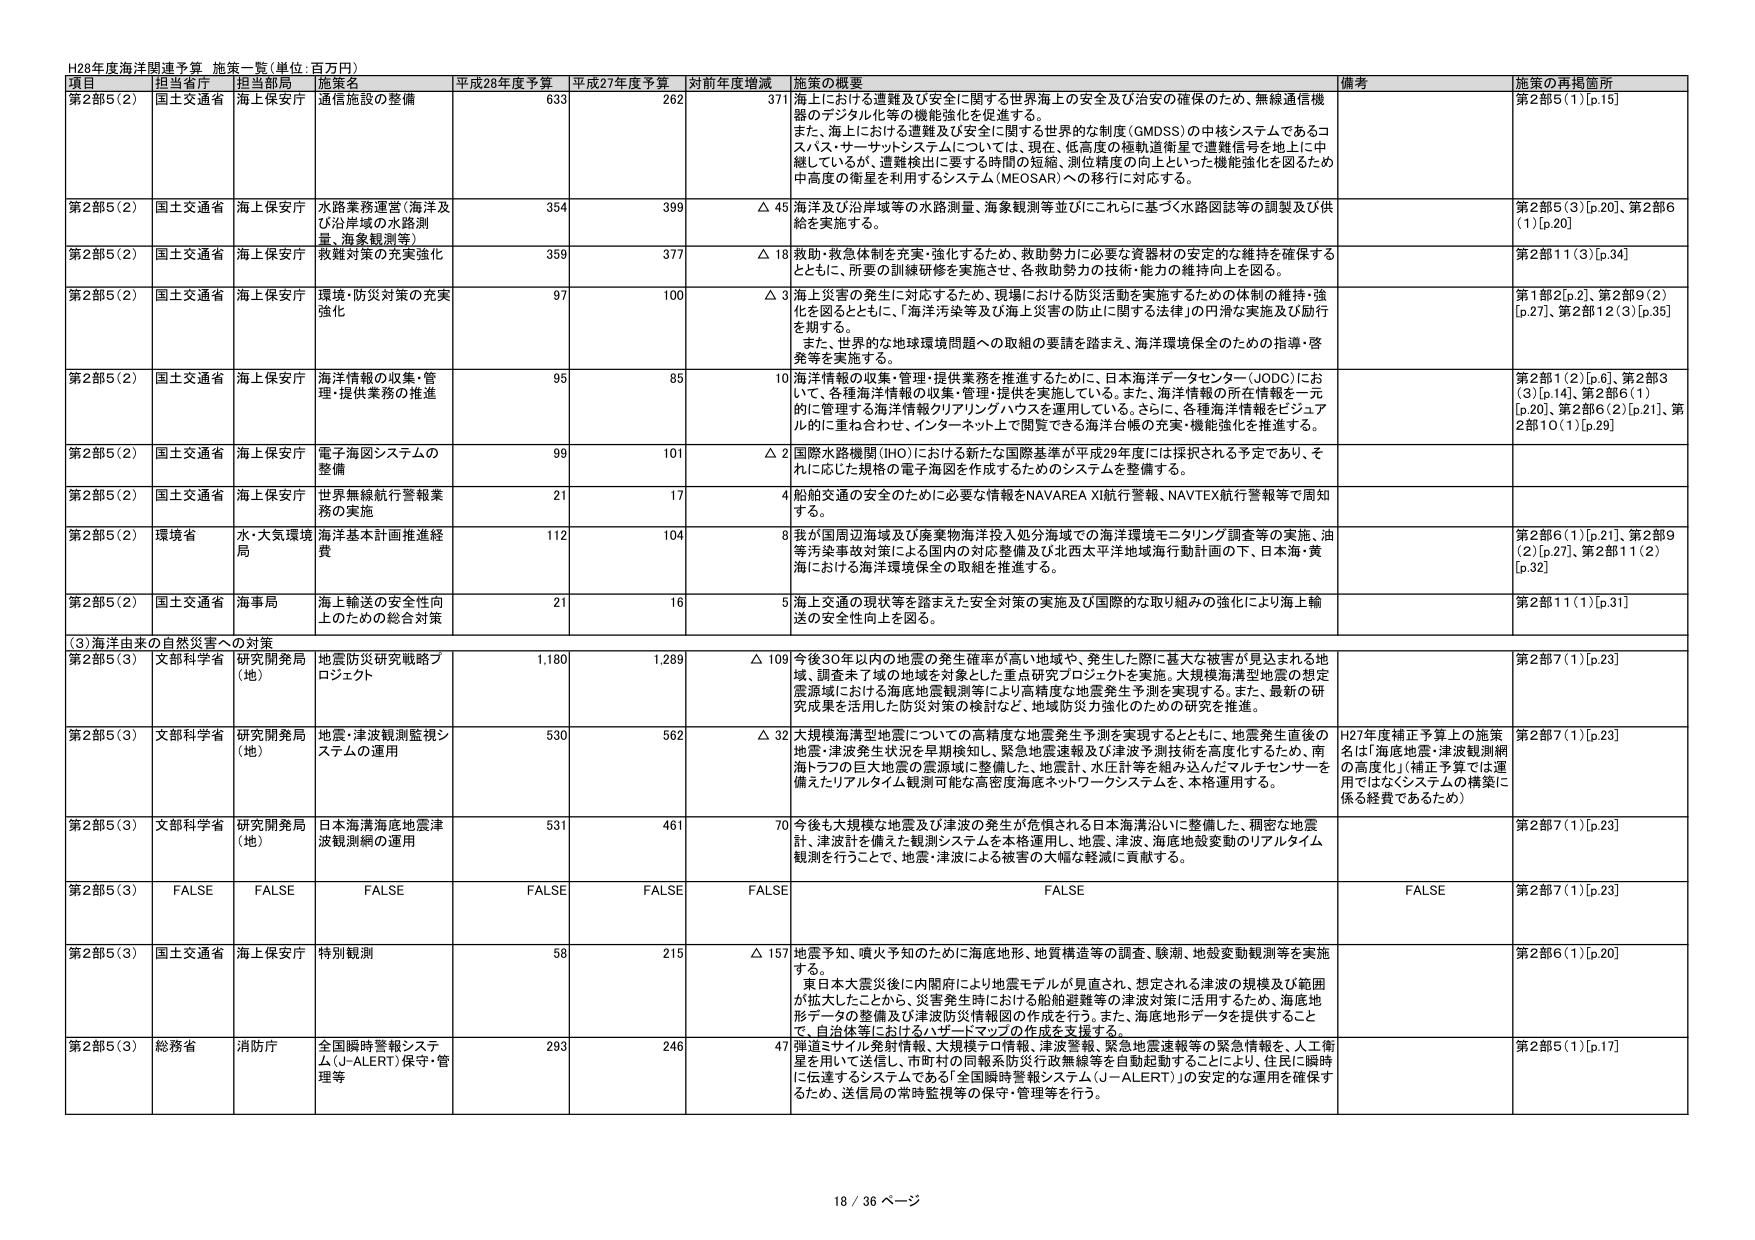
H28年度海洋関連予算 施策一覧(単位:百万円)

項目 担当省庁 担当部局 施策名 平成28年度予算 平成27年度予算 対前年度増減 施策の概要 備考 施策の再掲箇所

第2部5(2) 国土交通省 海上保安庁 通信施設の整備 633 262 371 海上における遭難及び安全に関する世界海上の安全及び治安の確保のため、無線通信機器のデジタル化等の機能強化を促進する。 また、海上における遭難及び安全に関する世界的な制度(GMDSS)の中核システムであるコスパス・サーサットシステムについては、現在、低高度の極軌道衛星で遭難信号を地上に中継しているが、遭難検出に要する時間の短縮、測位精度の向上といった機能強化を図るため中高度の衛星を利用するシステム(MEOSAR)への移行に対応する。 第2部5(1)[p.15]

第2部5(2) 国土交通省 海上保安庁 水路業務運営(海洋及び沿岸域の水路測量、海象観測等) 354 399 △ 45 海洋及び沿岸域等の水路測量、海象観測等並びにこれらに基づく水路図誌等の調製及び供給を実施する。 第2部5(3)[p.20]、第2部6(1)[p.20]

第2部5(2) 国土交通省 海上保安庁 救難対策の充実強化 359 377 △ 18 救助・救急体制を充実・強化するため、救助勢力に必要な資器材の安定的な維持を確保するとともに、所要の訓練研修を実施させ、各救助勢力の技術・能力の維持向上を図る。 第2部11(3)[p.34]

第2部5(2) 国土交通省 海上保安庁 環境・防災対策の充実強化 97 100 △ 3 海上災害の発生に対応するため、現場における防災活動を実施するための体制の維持・強化を図るとともに、「海洋汚染等及び海上災害の防止に関する法律」の円滑な実施及び励行を期する。 また、世界的な地球環境問題への取組の要請を踏まえ、海洋環境保全のための指導・啓発等を実施する。 第1部2[p.2]、第2部9(2)[p.27]、第2部12(3)[p.35]

第2部5(2) 国土交通省 海上保安庁 海洋情報の収集・管理・提供業務の推進 95 85 10 海洋情報の収集・管理・提供業務を推進するために、日本海洋データセンター(JODC)において、各種海洋情報の収集・管理・提供を実施している。また、海洋情報の所在情報を一元的に管理する海洋情報クリアリングハウスを運用している。さらに、各種海洋情報をビジュアル的に重ね合わせ、インターネット上で閲覧できる海洋台帳の充実・機能強化を推進する。 第2部1(2)[p.6]、第2部3(3)[p.14]、第2部6(1)[p.20]、第2部6(2)[p.21]、第2部10(1)[p.29]

第2部5(2) 国土交通省 海上保安庁 電子海図システムの整備 99 101 △ 2 国際水路機関(IHO)における新たな国際基準が平成29年度には採択される予定であり、それに応じた規格の電子海図を作成するためのシステムを整備する。

第2部5(2) 国土交通省 海上保安庁 世界無線航行警報業務の実施 21 17 4 船舶交通の安全のために必要な情報をNAVAREA XI航行警報、NAVTEX航行警報等で周知する。

第2部5(2) 環境省 水・大気環境局 海洋基本計画推進経費 112 104 8 我が国周辺海域及び廃棄物海洋投入処分海域での海洋環境モニタリング調査等の実施、油等汚染事故対策による国内の対応整備及び北西太平洋地域海行動計画の下、日本海・黄海における海洋環境保全の取組を推進する。 第2部6(1)[p.21]、第2部9(2)[p.27]、第2部11(2)[p.32]

第2部5(2) 国土交通省 海事局 海上輸送の安全性向上のための総合対策 21 16 5 海上交通の現状等を踏まえた安全対策の実施及び国際的な取り組みの強化により海上輸送の安全性向上を図る。 第2部11(1)[p.31]

(3)海洋由来の自然災害への対策

第2部5(3) 文部科学省 研究開発局(地) 地震防災研究戦略プロジェクト 1,180 1,289 △ 109 今後30年以内の地震の発生確率が高い地域や、発生した際に甚大な被害が見込まれる地域、調査未了域の地域を対象とした重点研究プロジェクトを実施。大規模海溝型地震の想定震源域における海底地震観測等により高精度な地震発生予測を実現する。また、最新の研究成果を活用した防災対策の検討など、地域防災力強化のための研究を推進。 第2部7(1)[p.23]

第2部5(3) 文部科学省 研究開発局(地) 地震・津波観測監視システムの運用 530 562 △ 32 大規模海溝型地震についての高精度な地震発生予測を実現するとともに、地震発生直後の地震・津波発生状況を早期検知し、緊急地震速報及び津波予測技術を高度化するため、南海トラフの巨大地震の震源域に整備した、地震計、水圧計等を組み込んだマルチセンサーを備えたリアルタイム観測可能な高密度海底ネットワークシステムを、本格運用する。 H27年度補正予算上の施策名は「海底地震・津波観測網の高度化」(補正予算では運用ではなくシステムの構築に係る経費であるため) 第2部7(1)[p.23]

第2部5(3) 文部科学省 研究開発局(地) 日本海溝海底地震津波観測網の運用 531 461 70 今後も大規模な地震及び津波の発生が危惧される日本海溝沿いに整備した、稠密な地震計・津波計を備えた観測システムを本格運用し、地震、津波、海底地殻変動のリアルタイム観測を行うことで、地震・津波による被害の大幅な軽減に貢献する。 第2部7(1)[p.23]

第2部5(3) FALSE FALSE FALSE FALSE FALSE FALSE FALSE FALSE 第2部7(1)[p.23]

第2部5(3) 国土交通省 海上保安庁 特別観測 58 215 △ 157 地震予知、噴火予知のために海底地形、地質構造等の調査、駿潮、地殻変動観測等を実施する。 東日本大震災後に内閣府により地震モデルが見直され、想定される津波の規模及び範囲が拡大したことから、災害発生時における船舶避難等の津波対策に活用するため、海底地形データの整備及び津波防災情報図の作成を行う。また、海底地形データを提供することで、自治体等におけるハザードマップの作成を支援する。 第2部6(1)[p.20]

第2部5(3) 総務省 消防庁 全国瞬時警報システム(J-ALERT)保守・管理等 293 246 47 湾道とサテライト発射情報、大規模テロ情報、津波警報、緊急地震速報等の緊急情報を、人工衛星を用いて送信し、市町村の同報系防災行政無線等を自動起動することにより、住民に瞬時に伝達するシステムである「全国瞬時警報システム(J-ALERT)」の安定的な運用を確保するため、送信局の常時監視等の保守・管理等を行う。 第2部5(1)[p.17]

18 / 36 ページ